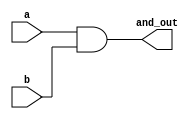
// new file 
module gate_op(
  input a,b,
  output and_out
  );
  
  and(and_out,a,b);
  
 endmodule